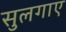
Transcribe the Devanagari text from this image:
सुलगाए